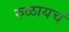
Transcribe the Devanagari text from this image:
रुळायचं